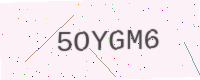
Text: 5OYGM6